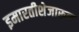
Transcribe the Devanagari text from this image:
इमारतीशेजारून